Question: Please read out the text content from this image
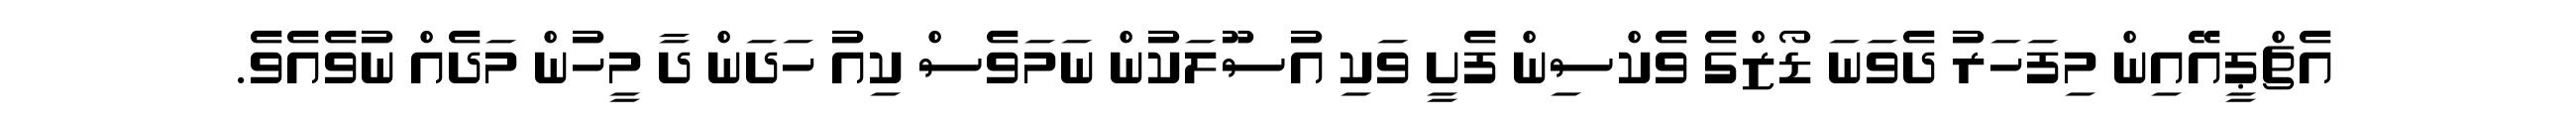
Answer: އެޗްޕީއޭއިން މިފަހަރު ދެވަނަ ޑޯޒްގެ ވެކްސިން ފެށީ ވަކި އުސޫލަކުން ނަމަވެސް ކިއު ހަދަން ދާ މީހުން މަދެއް ނުވެއެވެ.